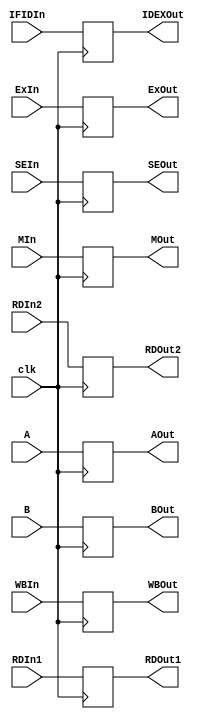
`timescale 1ns / 1ps
//////////////////////////////////////////////////////////////////////////////////
// Company: 
// Engineer: 
// 
// Design Name: 
// Module Name:    ID-EX 
// Project Name: 
// Target Devices: 
// Tool versions: 
// Description: 
//
// Dependencies: 
//
// Revision: 
// Revision 0.01 - File Created
// Additional Comments: 
//
//////////////////////////////////////////////////////////////////////////////////
module IDEX(clk,RDIn1,RDIn2,SEIn,A,B,IFIDIn,WBIn,MIn,ExIn,WBOut,MOut,ExOut,RDOut1,RDOut2,SEOut,AOut,BOut,IDEXOut
    );
input  clk;
input  [0:2] MIn;
input [0:3] ExIn;
input  [0:1] WBIn;
input  [0:31] IFIDIn,RDIn1,RDIn2,SEIn ;
input  [0:4] A,B;

output reg [0:2] MOut;
output reg[0:3] ExOut;
output reg [0:1] WBOut;
output reg [0:31] IDEXOut,RDOut1,RDOut2,SEOut;
output reg [0:4] AOut,BOut;
initial begin

MOut = 0;
ExOut = 0;
IDEXOut = 0;
RDOut1 = 0;
RDOut2 = 0;
SEOut = 0;
AOut = 0;
BOut = 0;
WBOut = 0;

end
always @(posedge clk)
begin

MOut <= MIn;
ExOut<= ExIn;
WBOut <= WBIn;
IDEXOut <= IFIDIn;
RDOut1 <= RDIn1;
RDOut2 <= RDIn2;
SEOut <= SEIn;
AOut <= A;
BOut <= B;


end
endmodule